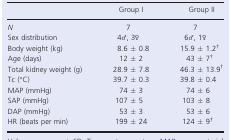
|  | Group I | Group II |
 | --- | --- | --- |
 | N | 7 | 7 |
 | Sex distribution | 4♂, 3♀ | 6♂, 1♀ |
 | Body weight (kg) | 8.6 ± 0.8 | 15.9 ± 1.2† |
 | Age (days) | 12 ± 2 | 43 ± 7† |
 | Total kidney weight (g) | 28.9 ± 7.8 | 46.3 ± 13.9† |
 | Tc (°C) | 39.7 ± 0.3 | 39.8 ± 0.4 |
 | MAP (mmHg) | 74 ± 3 | 74 ± 6 |
 | SAP (mmHg) | 107 ± 5 | 103 ± 8 |
 | DAP (mmHg) | 53 ± 3 | 53 ± 6 |
 | HR (beats per min) | 199 ± 24 | 124 ± 9† |